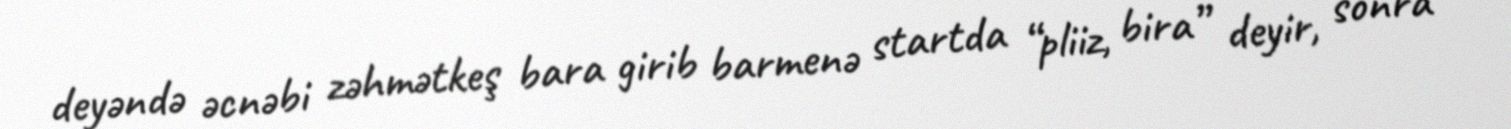
deyəndə əcnəbi zəhmətkeş bara girib barmenə startda “pliiz, bira” deyir, sonra